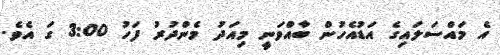
އެ މައްސަލައިގެ އަޑުއެހުން ބާއްވަނީ މިއަދު މެންދުރު ފަހު 3:00 ގަ އެވެ.